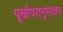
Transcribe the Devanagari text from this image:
पूर्वापरानुसंधान